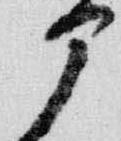
部